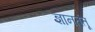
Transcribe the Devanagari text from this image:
ज्ञानतंतू